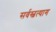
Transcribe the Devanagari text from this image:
सर्वस्वत्याग